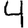
Digit: 4